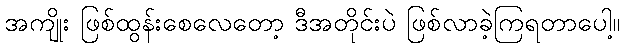
အကျိုး ဖြစ်ထွန်းစေလေတော့ ဒီအတိုင်းပဲ ဖြစ်လာခဲ့ကြရတာပေါ့။